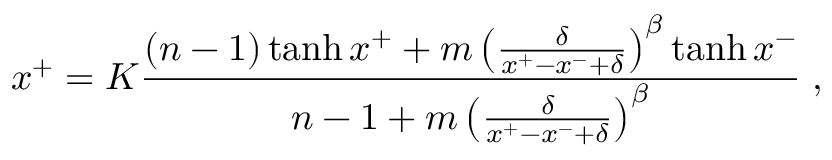
x ^ { + } = K \frac { ( n - 1 ) \operatorname { t a n h } { x ^ { + } } + m \left( \frac { \delta } { x ^ { + } - x ^ { - } + \delta } \right) ^ { \beta } \operatorname { t a n h } { x ^ { - } } } { n - 1 + m \left( \frac { \delta } { x ^ { + } - x ^ { - } + \delta } \right) ^ { \beta } } \; ,